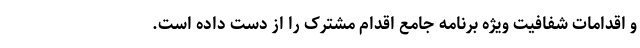
و اقدامات شفافیت ویژه برنامه جامع اقدام مشترک را از دست داده است.